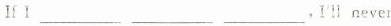
lfⅠ___ ___ ___ ， I‘ll never